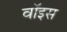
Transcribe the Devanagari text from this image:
वाॅइस